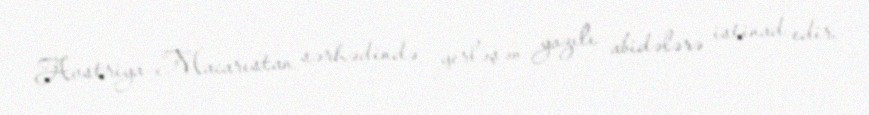
Avstriya–Macarıstan sərhədində yerləşən yazılı abidələrə istinad edir.